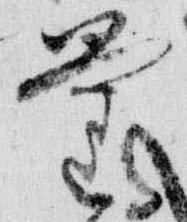
量